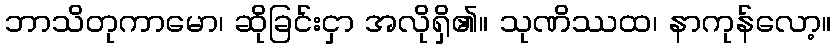
ဘာသိတုကာမော၊ ဆိုခြင်းငှာ အလိုရှိ၏။ သုဏိဿထ၊ နာကုန်လော့။